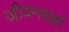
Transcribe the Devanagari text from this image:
जीवनचक्रों